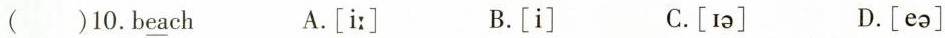
( )10.beach A.[i:] B.[i] C.[ɪə] D.[eə]